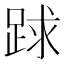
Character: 䟵